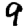
Digit: 9